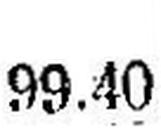
99.40